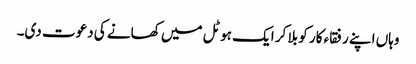
وہاں اپنے رفقاء کار کو بلا کر ایک ہوٹل میں کھانے کی دعوت دی۔